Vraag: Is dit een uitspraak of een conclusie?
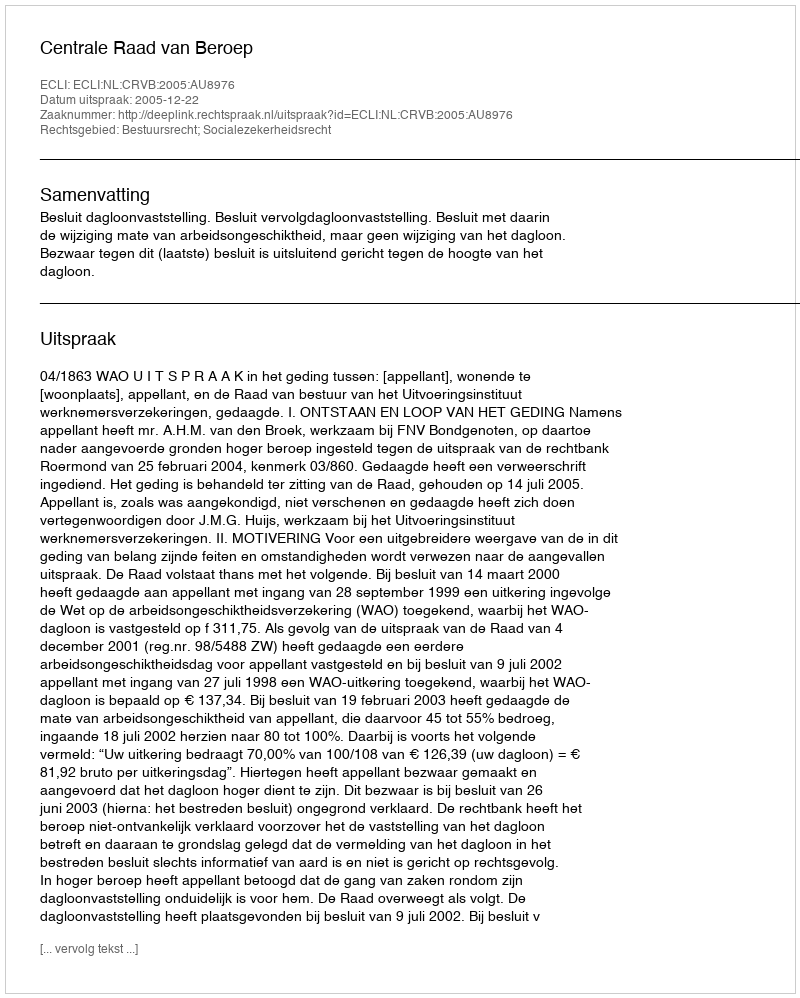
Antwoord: Uitspraak